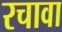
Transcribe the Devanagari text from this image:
रचावा